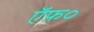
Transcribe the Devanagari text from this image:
ऍफ़०